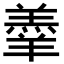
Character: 𮊱